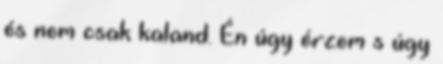
és nem csak kaland. Én úgy érzem s úgy